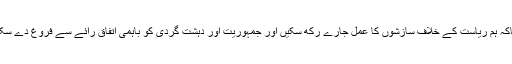
” تاکہ ہم ریاست کے خلاف سازشوں کا عمل جارے رکھ سکیں اور جمہوریت اور دہشت گردی کو باہمی اتفاقِ رائے سے فروغ دے سکیں۔